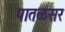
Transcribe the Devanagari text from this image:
पातळसर